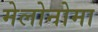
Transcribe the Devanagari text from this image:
मेलोनोमा